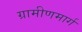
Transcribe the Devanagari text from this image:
ग्रामीणमार्ग